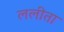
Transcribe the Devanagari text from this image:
ललीता